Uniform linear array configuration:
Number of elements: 48
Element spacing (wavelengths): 0.5
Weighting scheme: hamming
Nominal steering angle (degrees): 45
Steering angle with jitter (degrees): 44.639
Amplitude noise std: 0.05
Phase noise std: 0.05

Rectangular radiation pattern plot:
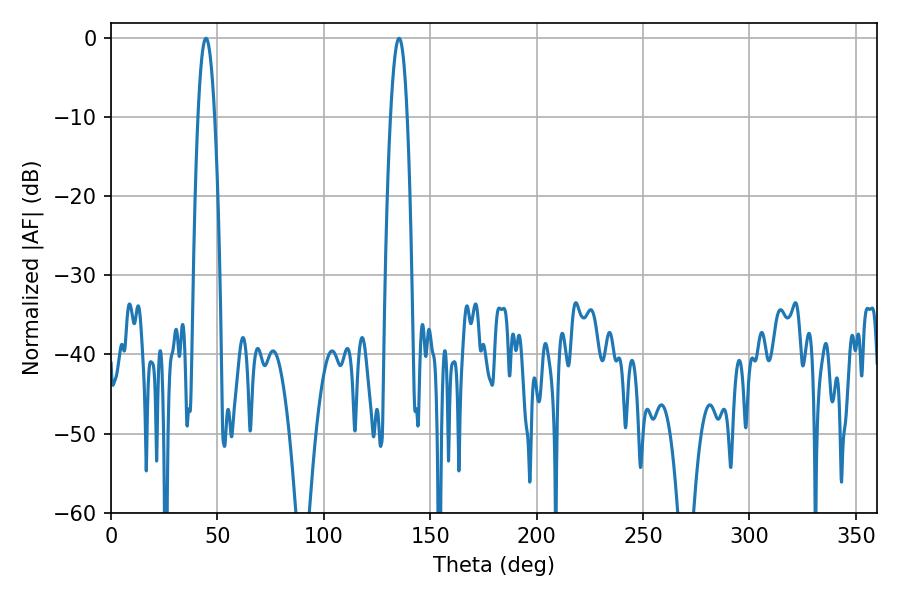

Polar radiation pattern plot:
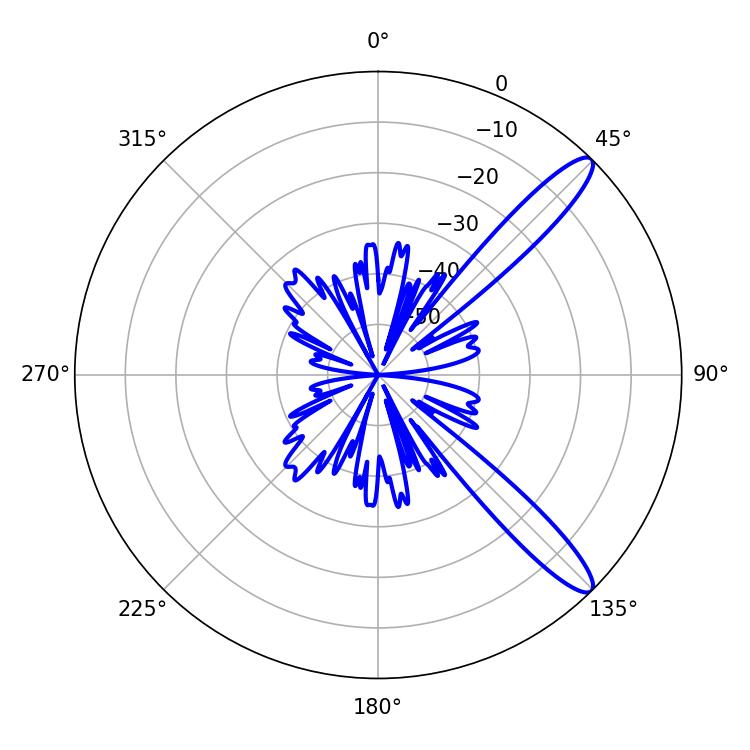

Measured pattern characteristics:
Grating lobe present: FALSE
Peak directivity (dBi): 12.417
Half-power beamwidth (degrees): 4.32
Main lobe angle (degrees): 44.64